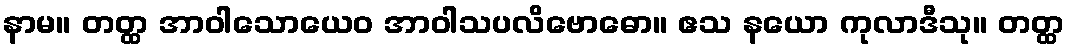
နာမ။ တတ္ထ အာဝါသောယေဝ အာဝါသပလိဗောဓော။ ဧသ နယော ကုလာဒီသု။ တတ္ထ